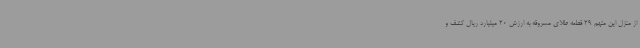
از منزل این متهم 29 قطعه طلای مسروقه به ارزش 20 میلیارد ریال کشف و